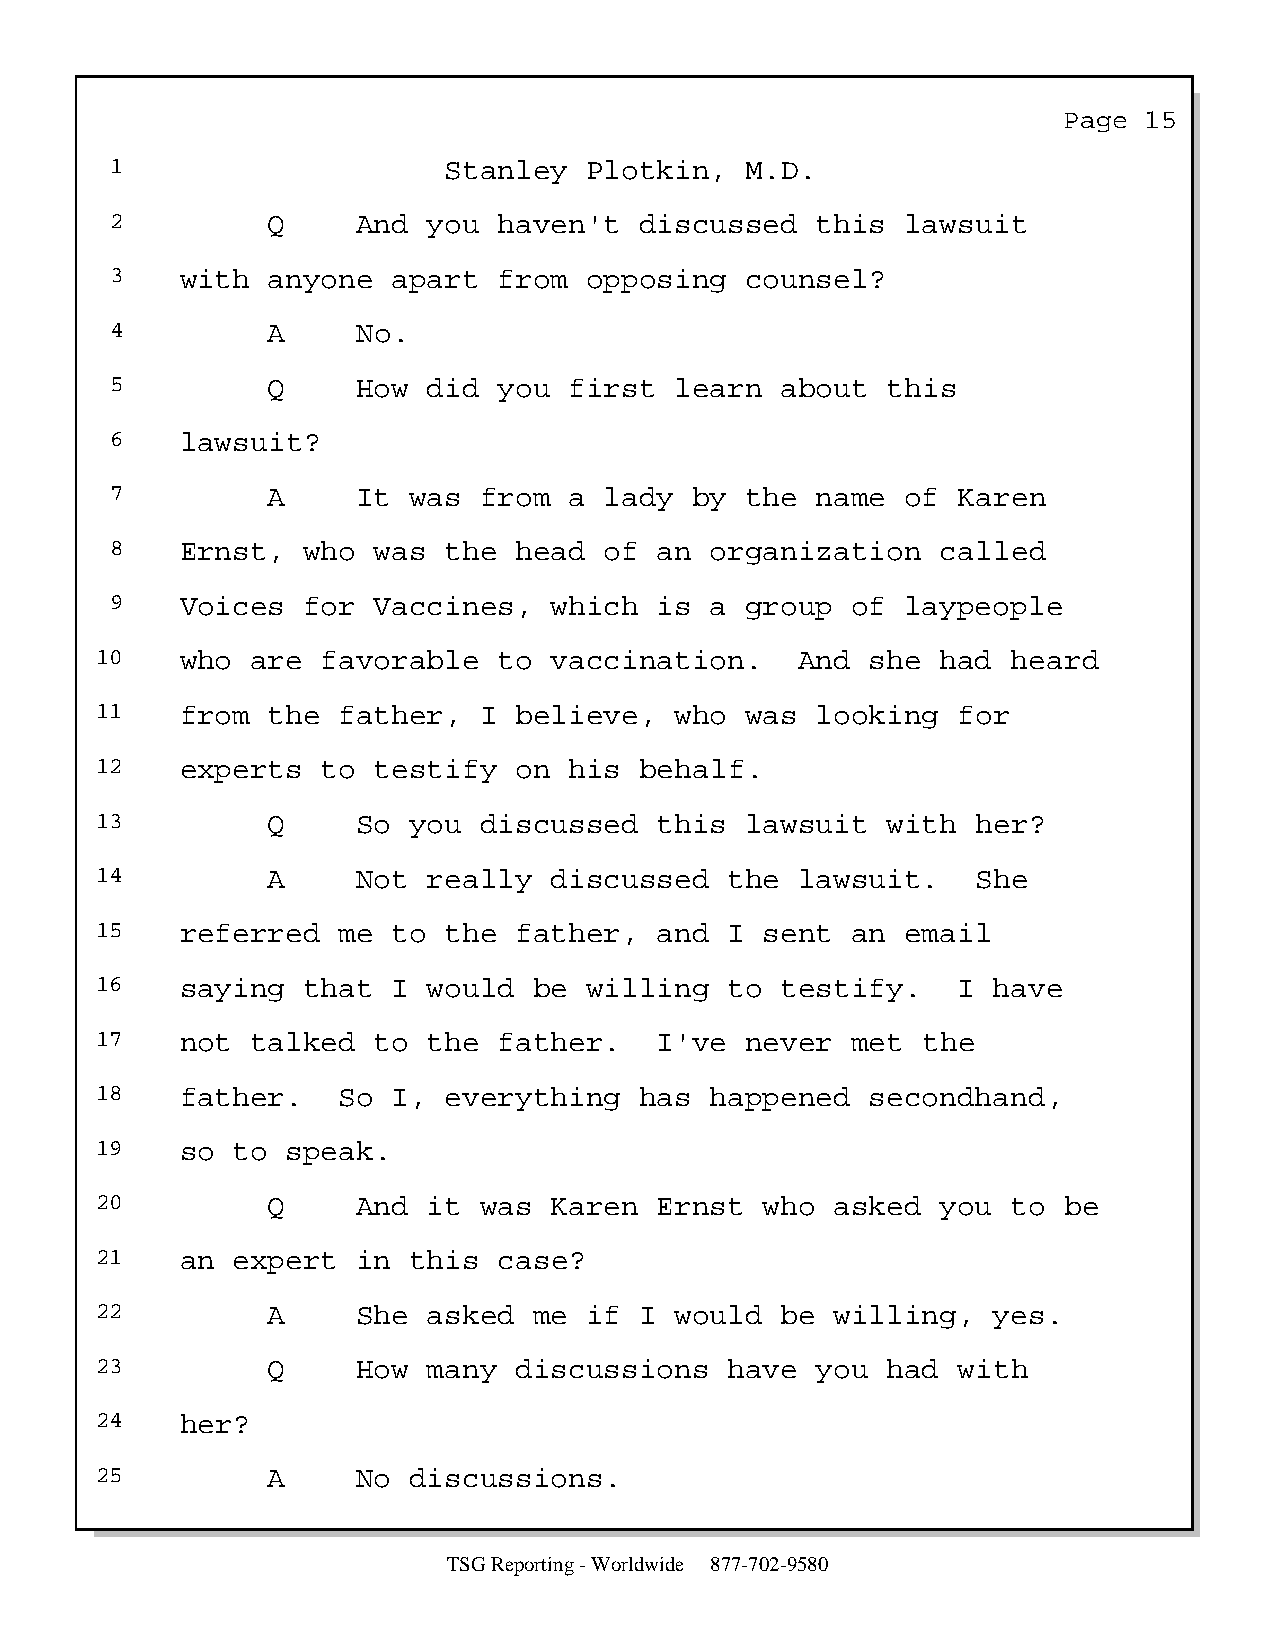
Page  15
 1                     Stanley   Plotkin,  M.D.
 2          Q     And you  haven't  discussed   this  lawsuit
 3    with  anyone  apart  from  opposing  counsel?
 4          A     No.
 5          Q     How did  you  first  learn  about  this
 6    lawsuit?
 7          A     It was  from  a lady  by the  name  of Karen
 8    Ernst,  who  was the  head  of  an organization   called
 9    Voices  for  Vaccines,  which   is a group  of  laypeople
 10    who  are favorable   to vaccination.     And  she had  heard
 11    from  the father,   I believe,   who was  looking  for
 12    experts  to  testify  on  his behalf.
 13          Q     So you  discussed   this lawsuit   with  her?
 14          A     Not really  discussed   the  lawsuit.    She
 15    referred  me  to the  father,   and I  sent an  email
 16    saying  that  I would  be  willing  to  testify.   I  have
 17    not  talked  to the  father.    I've never  met  the
 18    father.   So  I, everything   has  happened   secondhand,
 19    so to  speak.
 20          Q     And it  was Karen   Ernst  who asked  you  to be
 21    an expert   in this  case?
 22          A     She asked  me  if I  would  be willing,   yes.
 23          Q     How many  discussions   have  you  had with
 24    her?
 25          A     No discussions.
 TSG Reporting - Worldwide 877-702-9580